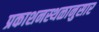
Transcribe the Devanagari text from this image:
प्रकाशनस्थळानुसार